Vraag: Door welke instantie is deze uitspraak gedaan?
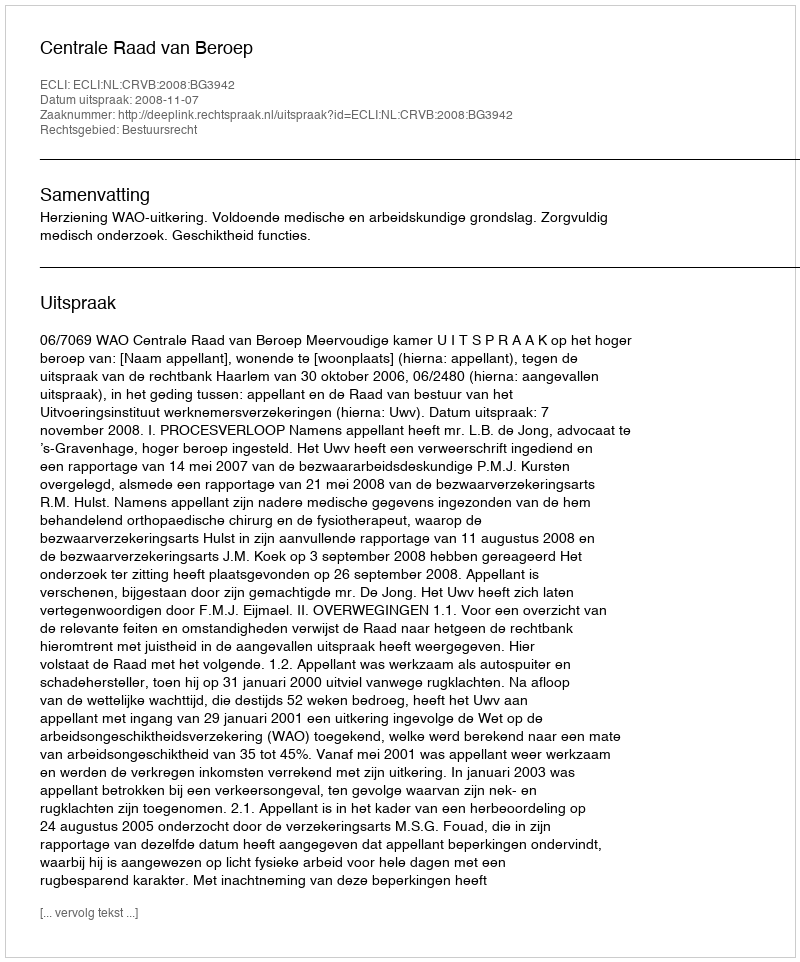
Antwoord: Centrale Raad van Beroep